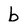
Character: b